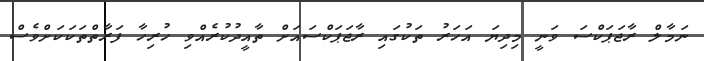
ނަމާލް ރާޖަޕަކްސަ ވަނީ މިދިޔަ އަހަރު ތަކުގައި ރާޖަޕަކްސައަށް ތާއީދުކުރެއްވި ހުރިހާ ފަރާތްތަކަކަށްވެސް